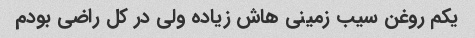
یکم روغن سیب زمینی هاش زیاده ولی در کل راضی بودم